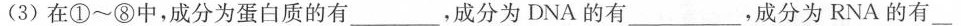
(3)在①~⑧中，成分为蛋白质的有______，成分为DNA的有____，成分为RNA的有